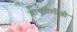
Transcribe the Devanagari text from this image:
मायबोलीशी